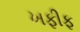
ખફીફ